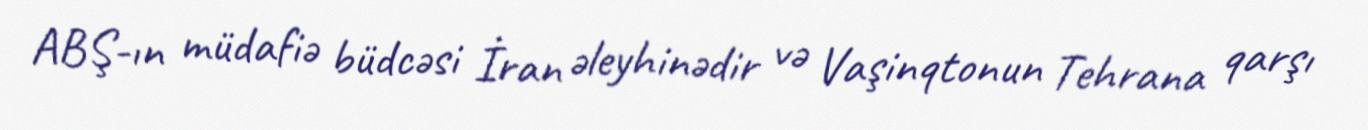
ABŞ-ın müdafiə büdcəsi İran əleyhinədir və Vaşinqtonun Tehrana qarşı